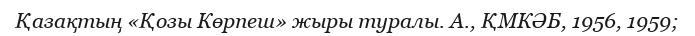
Қазақтың «Қозы Көрпеш» жыры туралы. А., ҚМКӘБ, 1956, 1959;